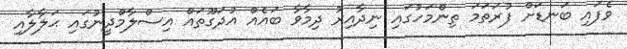
ވެފައި ބަނޑަށް ފުރަތަމަ ތިންމަހުގައި ނިދާއިރު ދިމާވާ ބައެއް އުދަގޫތައް އިސްލާމްދީނުގައި ޙަލާލާއި